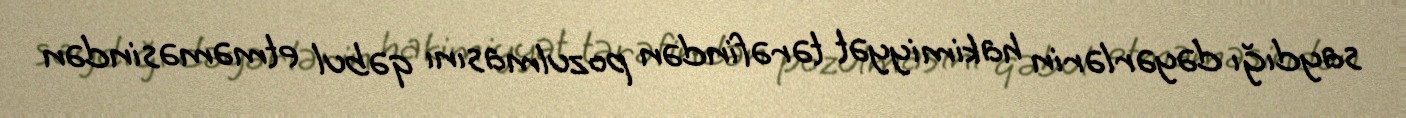
saydığı dəyərlərin hakimiyyət tərəfindən pozulmasını qəbul etməməsindən